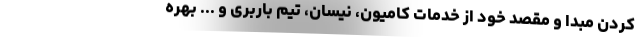
کردن مبدا و مقصد خود از خدمات کامیون، نیسان، تیم باربری و ... بهره